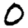
Digit: 0